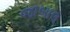
જાબાલ